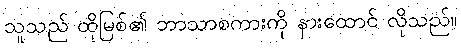
သူသည် ထိုမြစ်၏ ဘာသာစကားကို နားထောင် လိုသည်။